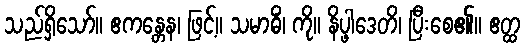
သည်ရှိသော်။ ဧကန္တေန၊ ဖြင့်။ သမာဓိံ၊ ကို။ နိပ္ဖါဒေတိ၊ ပြီးစေ၏။ ဧတ္ထ